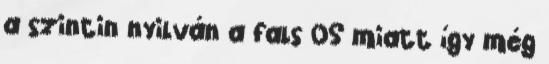
a szintin nyilván a fals OS miatt így még